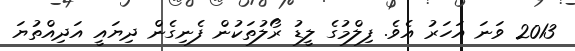
2013 ވަނަ އަހަރު އެވެ. ފިލްމުގެ ލީޑު ރޯލުތަކުން ފެނިގެން ދިޔައީ އަދިއްތުޔަ